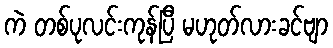
ကဲ တစ်ပုလင်းကုန်ပြီ မဟုတ်လားခင်ဗျာ